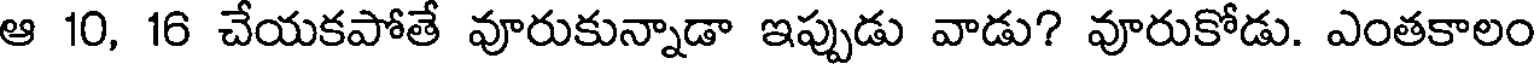
ఆ 10, 16 చేయకపోతే వూరుకున్నాడా ఇప్పుడు వాడు? వూరుకోడు. ఎంతకాలం